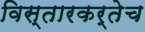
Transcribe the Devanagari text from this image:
विस्तारकर्तेच